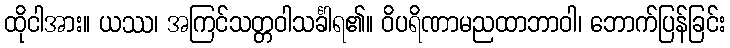
ထိုငါအား။ ယဿ၊ အကြင်သတ္တဝါသင်္ခါရ၏။ ဝိပရိဏာမညထာဘာဝါ၊ ဘောက်ပြန်ခြင်း